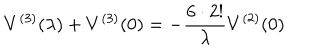
LaTeX: V ^ { ( 3 ) } ( \lambda ) + V ^ { ( 3 ) } ( 0 ) = - { \frac { 6 \cdot 2 ! } { \lambda } } V ^ { ( 2 ) } ( 0 )